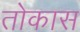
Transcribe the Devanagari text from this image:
तोकास